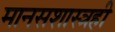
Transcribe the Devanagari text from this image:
मानसशास्त्रही